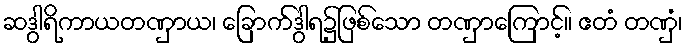
ဆဒွါရိကာယတဏှာယ၊ ခြောက်ဒွါရ၌ဖြစ်သော တဏှာကြောင့်။ ဧတံ တဏှံ၊